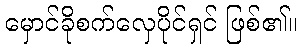
မှောင်ခိုစက်လှေပိုင်ရှင် ဖြစ်၏။